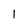
Character: 1